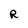
Character: R